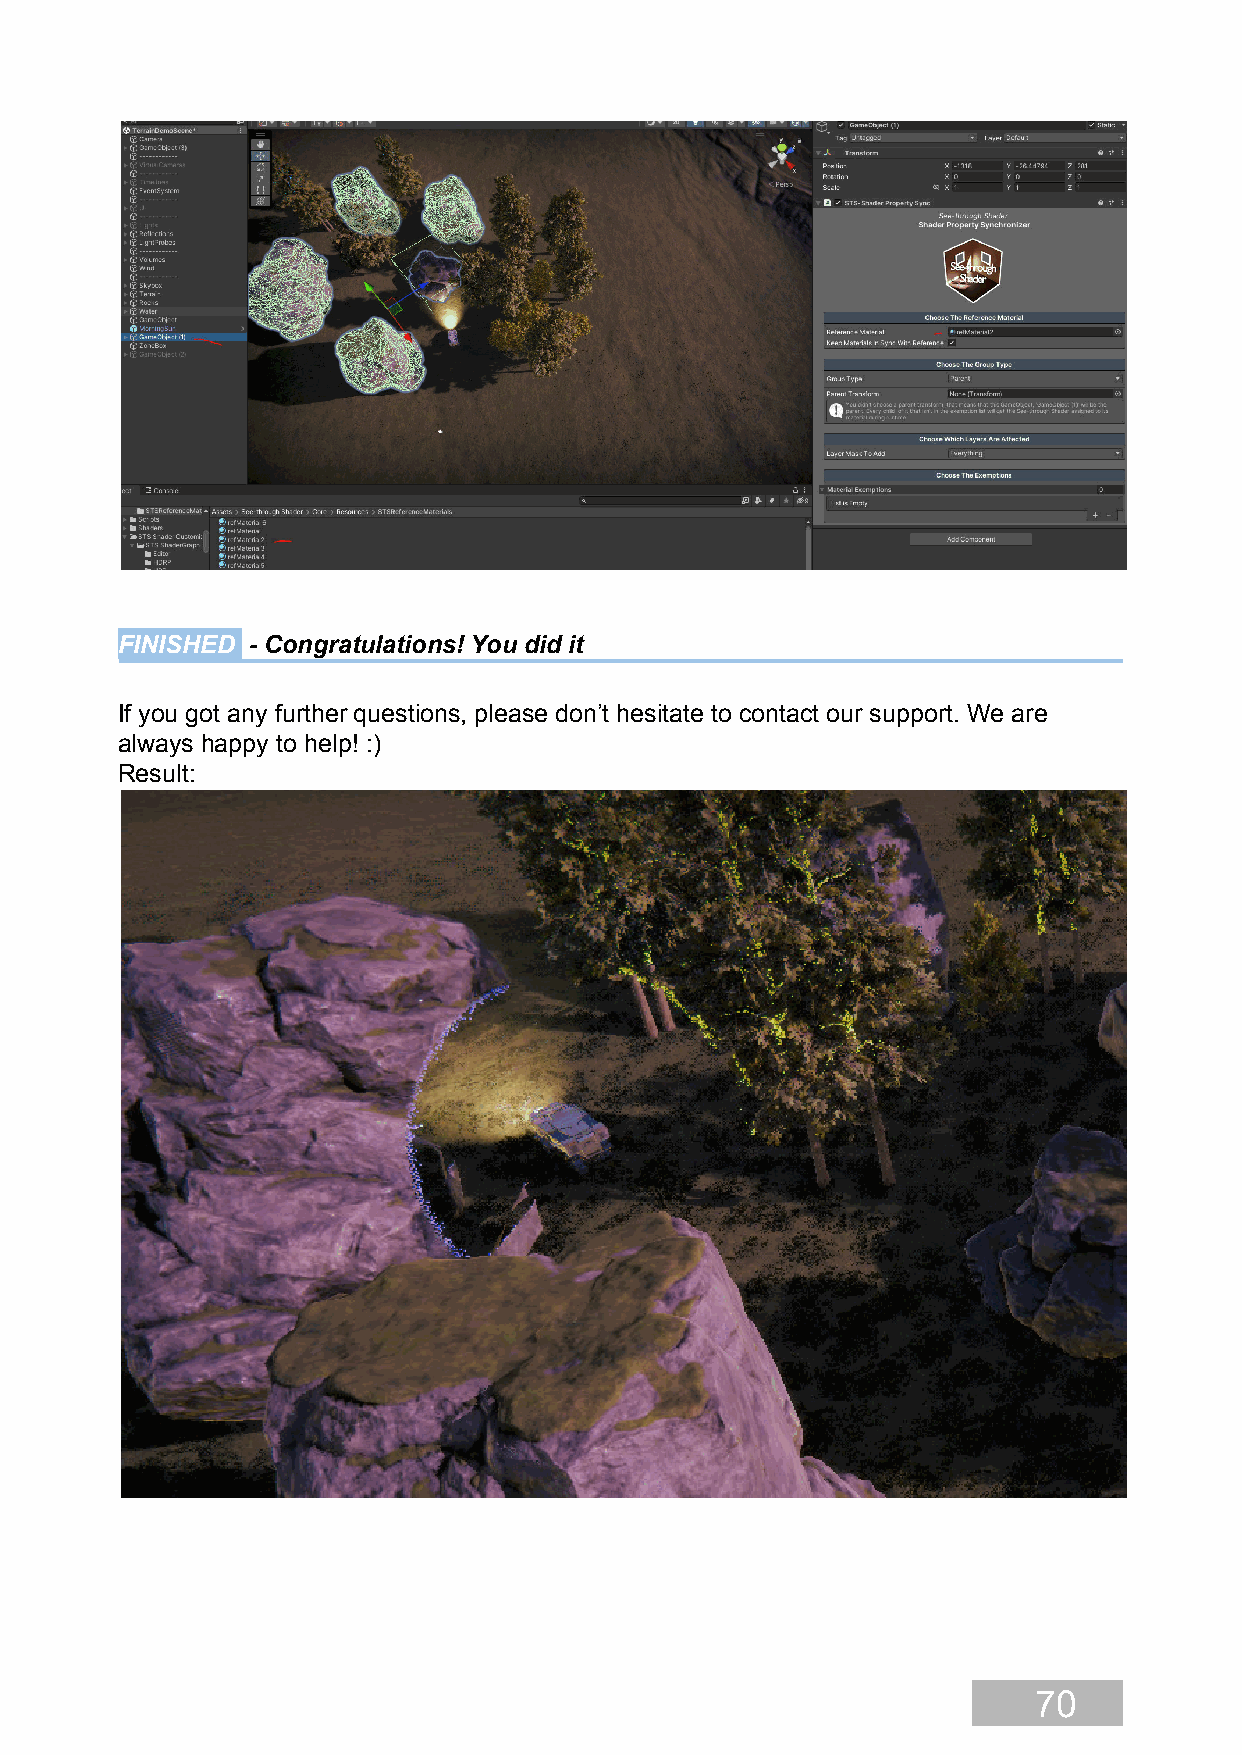
FINISHED - Congratulations! You did it
 If you got any further questions, please don’t hesitate to contact our support. We are
 always happy to help! :)
 Result:
 70